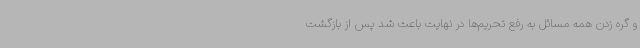
و گره زدن همه مسائل به رفع تحریم‌ها در نهایت باعث شد پس از بازگشت